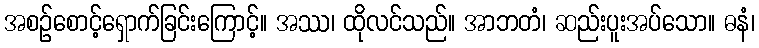
အစဉ်စောင့်ရှောက်ခြင်းကြောင့်။ အဿ၊ ထိုလင်သည်။ အာဘတံ၊ ဆည်းပူးအပ်သော။ ဓနံ၊